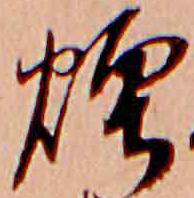
煙